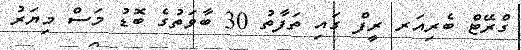
ގްރޭޓް ބެރިއަރ ރީފް ގައި ތަފާތު 30 ބާވަތުގެ ބޮޑު މަސް މިޔަރު